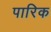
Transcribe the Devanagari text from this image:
पारिक